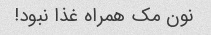
نون مک همراه غذا نبود!